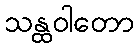
သန္ထဝါတော